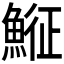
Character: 𩸵